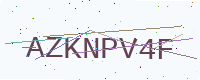
Text: AZKNPV4F